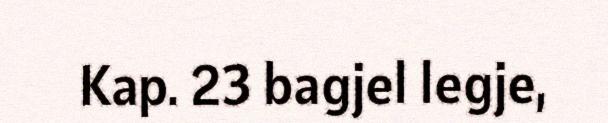
Kap. 23 bagjel legje,